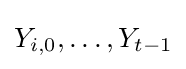
Y_{i,0},\ldots ,Y_{t-1}